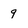
Character: 9